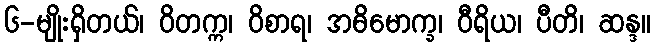
၆-မျိုးရှိတယ်၊ ဝိတက္က၊ ဝိစာရ၊ အဓိမောက္ခ၊ ဝီရိယ၊ ပီတိ၊ ဆန္ဒ။